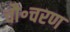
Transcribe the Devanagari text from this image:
चौ॰चरण